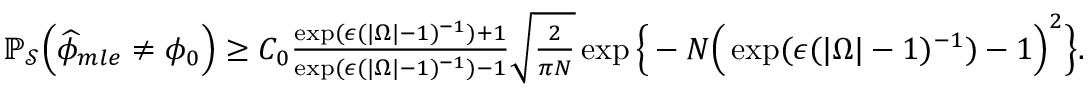
\begin{array} { r } { \mathbb { P } _ { \mathcal { S } } \Big ( \widehat { \phi } _ { m l e } \neq \phi _ { 0 } \Big ) \geq C _ { 0 } \frac { \exp ( \epsilon ( | \Omega | - 1 ) ^ { - 1 } ) + 1 } { \exp ( \epsilon ( | \Omega | - 1 ) ^ { - 1 } ) - 1 } \sqrt { \frac { 2 } { \pi N } } \exp \Big \{ - N \Big ( \exp ( \epsilon ( | \Omega | - 1 ) ^ { - 1 } ) - 1 \Big ) ^ { 2 } \Big \} . } \end{array}